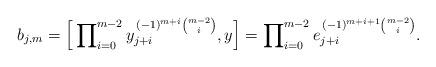
LaTeX: \begin{align*} b_{j,m} = \Big[ \prod\nolimits_{i=0}^{m-2} y_{j+i}^{\, (-1)^{m+i} \binom{m-2}{i}} , y \Big] = \prod\nolimits_{i=0}^{m-2} e_{j+i}^{\, (-1)^{m+i+1} \binom{m-2}{i}}. \end{align*}